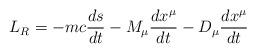
LaTeX: \begin{align*}L_R=-mc {ds\over dt} - M_\mu {dx^\mu\over dt} - D_\mu{dx^\mu\over dt}\end{align*}